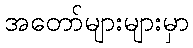
အတော်များများမှာ